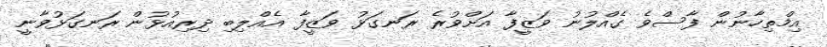
އިމްތިހާނުން ފާސްވެ ގެއްލުނު ވަޒީފާ އަށްވުރެ ރަނގަޅު ވަޒީފާ އެއްލިބި ދިރިއުޅުން ރަނގަޅުވާނީ